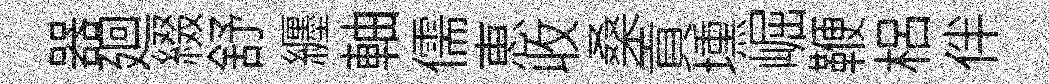
器廻綴舒纒軸儒恵收桑貢壎崛鞭梠伴